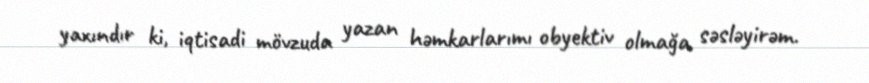
yaxındır ki, iqtisadi mövzuda yazan həmkarlarımı obyektiv olmağa səsləyirəm.